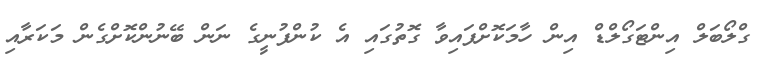
ގްލޯބަލް އިންޓަގޯލްޑް އިން ހާމަކޮށްފައިވާ ގޮތުގައި އެ ކުންފުނީގެ ނަން ބޭނުންކޮށްގެން މަކަރާއި